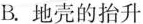
B.地壳的抬升